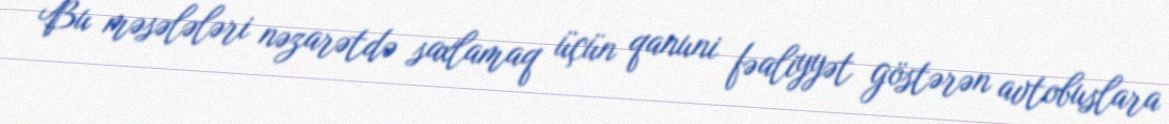
Bu məsələləri nəzarətdə saxlamaq üçün qanuni fəaliyyət göstərən avtobuslara